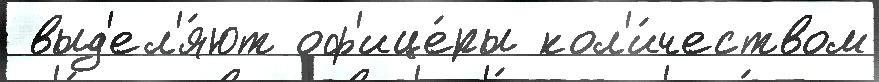
 выд'ел'я́ют оф'ице́ры кол'и́чеством